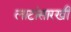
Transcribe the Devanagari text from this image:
लाटांसारखी